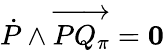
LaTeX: {\dot{P}}\wedge\overrightarrow{PQ_{\pi}}={\mathbf 0}